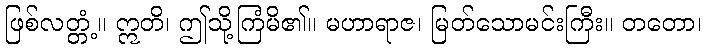
ဖြစ်လတ္တံ့။ ဣတိ၊ ဤသို့ကြံမိ၏။ မဟာရာဇ၊ မြတ်သောမင်းကြီး။ တတော၊